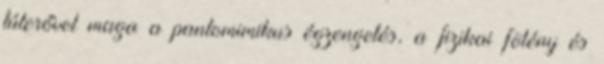
túlerővel maga a pantomimikus égzengetés, a fizikai fölény és